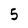
Character: 5